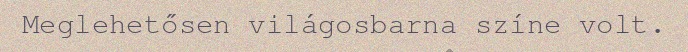
Meglehetősen világosbarna színe volt.